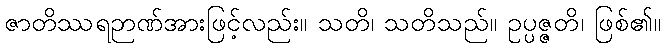
ဇာတိဿရဉာဏ်အားဖြင့်လည်း။ သတိ၊ သတိသည်။ ဥပ္ပဇ္ဇတိ၊ ဖြစ်၏။